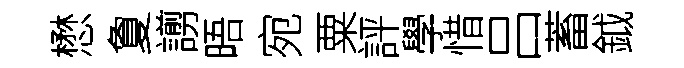
懋夐謭晤宛粟評學惜吕蓄鉞